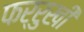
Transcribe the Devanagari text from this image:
फर्रुखी